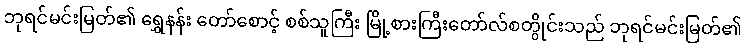
ဘုရင်မင်းမြတ်၏ ရွှေနန်း တော်စောင့် စစ်သူကြီး မြို့စားကြီးတော်လ်စတွိုင်းသည် ဘုရင်မင်းမြတ်၏